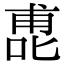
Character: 喸